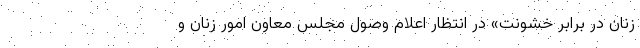
زنان در برابر خشونت» در انتظار اعلام وصول مجلس معاون امور زنان و